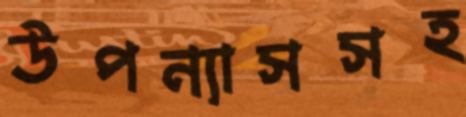
উপন্যাসসহ